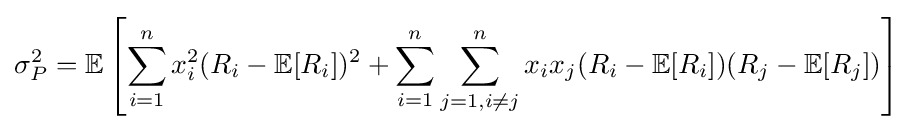
\sigma _{P}^{2}=\mathbb {E} \left[\sum _{i=1}^{n}x_{i}^{2}(R_{i}-\mathbb {E} [R_{i}])^{2}+\sum _{i=1}^{n}\sum _{j=1,i\neq j}^{n}x_{i}x_{j}(R_{i}-\mathbb {E} [R_{i}])(R_{j}-\mathbb {E} [R_{j}])\right]